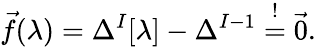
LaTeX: \vec{f}(\lambda)=\Delta^{I}[\lambda]-\Delta^{I-1}\overset{!}{=}\vec{0}.